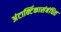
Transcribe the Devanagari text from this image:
अंटार्क्टिकासंबंधित